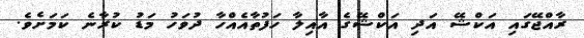
ރާއްޖޭގައި އަކްޝޭ އަދި އަކްޝޭގެ އާއިލާ ހަފުތާއެއްހާ ދުވަހު މަޑު ކުރާނެ ކަމަށެވެ.